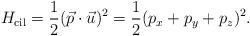
LaTeX: \begin{gather*}H_{\rm cil}=\frac{1}{2}(\vec{p}\cdot \vec{u})^2=\frac{1}{2}(p_x +p_y+p_z)^2 .\end{gather*}